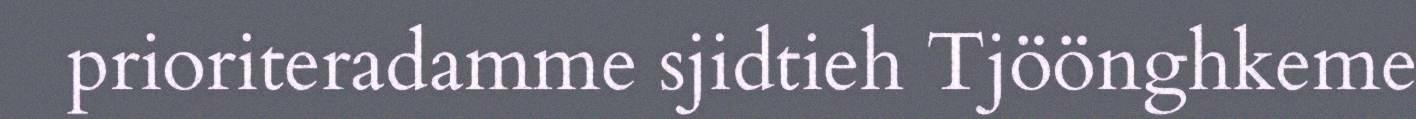
prioriteradamme sjidtieh Tjöönghkeme